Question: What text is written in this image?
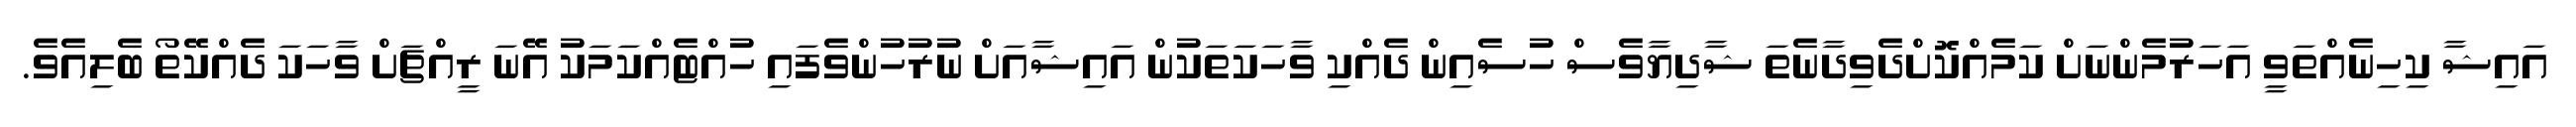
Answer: އައިޝާ ކިހިނެއްތަވީ އަހަރުމެންނަށް ކަމެއްކޮށްދެވިދާނެތަ ޝާދިޔާވެސް ހުސެއިން ދެއްކި ވާހަކަތަކުން އައިޝާއަށް ނުރުހުންވެފައި ހުއްޓެއްކަމަކު އޭނަ ރީއްޗަށް ވާހަކަ ދެއްކޭތޯ ބެލިއެވެ.